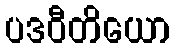
ပဒဝီတိယော